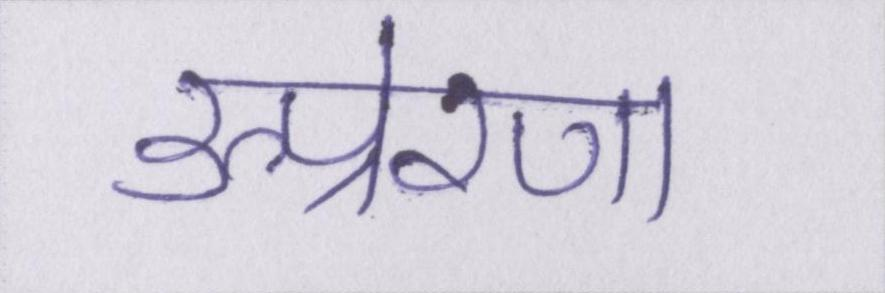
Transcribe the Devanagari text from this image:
उत्प्रेरणा